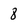
Character: 8